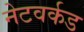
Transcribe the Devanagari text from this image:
नेटवर्कड